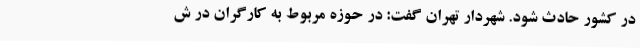
در کشور حادث شود. شهردار تهران گفت: در حوزه مربوط به کارگران در ش